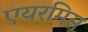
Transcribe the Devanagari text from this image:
एयरमिस